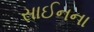
સાઈનના